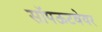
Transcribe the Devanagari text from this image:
सॉपऊटवेयर